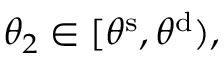
\theta _ { 2 } \in [ \theta ^ { \mathrm { s } } , \theta ^ { \mathrm { d } } ) ,